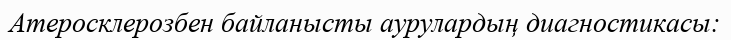
Атеросклерозбен байланысты аурулардың диагностикасы: